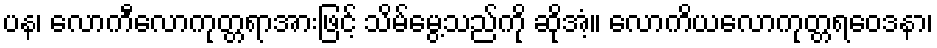
ပန၊ လောကီလောကုတ္တရာအားဖြင့် သိမ်မွေ့သည်ကို ဆိုအံ့။ လောကိယလောကုတ္တရဝေဒနာ၊